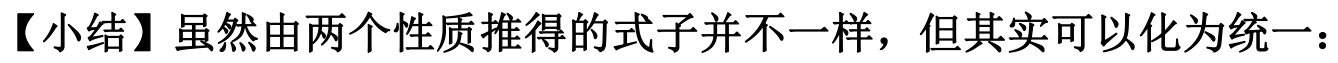
【小结】虽然由两个性质推得的式子并不一样，但其实可以化为统一：